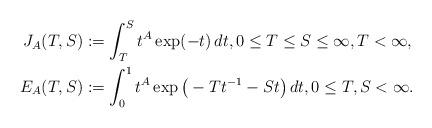
LaTeX: \begin{align*}J_A(T,S) & := \int_T^S t^A \exp(-t)\, dt, 0 \le T \le S \le\infty, T < \infty,\\E_A(T,S) & := \int_0^1 t^A \exp\big(-Tt^{-1}-St\big)\, dt, 0\le T, S <\infty. \end{align*}